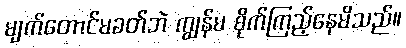
မျက်တောင်မခတ်ဘဲ ကျွန်မ စိုက်ကြည့်နေမိသည်။